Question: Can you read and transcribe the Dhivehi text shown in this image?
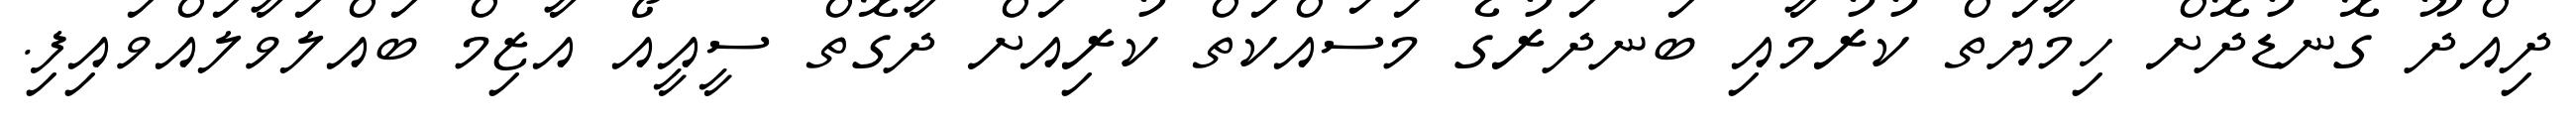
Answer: ދިއްދޫ ގޮނޑުދޮށް ހިމާޔަތް ކުރުމާއި ބަނދަރުގެ މަސައްކަތް ކުރިއަށް ދާގޮތް ސީއީއޯ އާޒިމް ބައްލަވާލައްވައިފި.